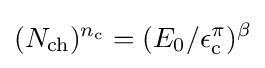
(N_{\text{ch}})^{n_{\text{c}}}=(E_{0}/\epsilon _{\text{c}}^{\pi })^{\beta }